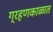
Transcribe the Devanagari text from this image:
ग्रहणकाळात